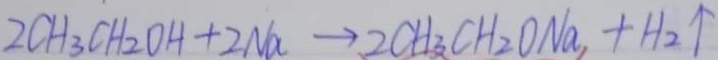
2 C H _ { 3 } C H _ { 2 } O H + 2 N a \rightarrow 2 C H _ { 3 } C H _ { 2 } O N a _ { 1 } + H _ { 2 } \uparrow